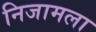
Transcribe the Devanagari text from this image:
निजामला